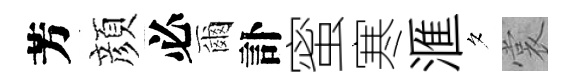
芳顔必爾訃蜜寒滙夕裳